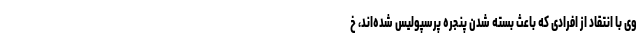
وی با انتقاد از افرادی که باعث بسته شدن پنجره پرسپولیس شده‌اند، خ